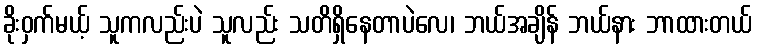
ခိုးဝှက်မယ့် သူကလည်းပဲ သူလည်း သတိရှိနေတာပဲလေ၊ ဘယ်အချိန် ဘယ်နား ဘာထားတယ်